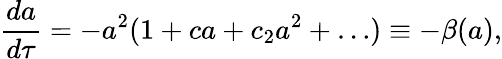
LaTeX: \frac{da}{d\tau}=-a^{2}(1+ca+c_{2}a^{2}+\ldots)\equiv-\beta(a),